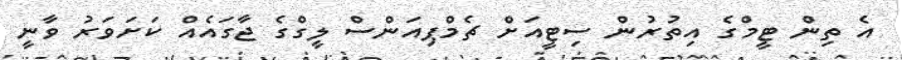
އެ ތިން ޓީމްގެ އިތުރުން ސިޓީއަށް ޗެމްޕިއަންސް ލީގްގެ ޖާގައެއް ކަށަވަރު ވާނީ